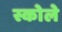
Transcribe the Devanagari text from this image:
स्कोले